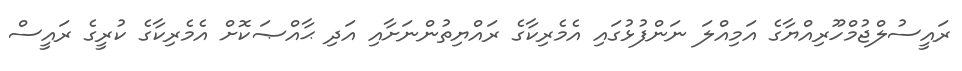
ރައީސުލްޖުމްހޫރިއްޔާގެ އަމިއްލަ ނަންފުޅުގައި އެމެރިކާގެ ރައްޔިތުންނަށާއި އަދި ޙާއްޞަކޮށް އެމެރިކާގެ ކުރީގެ ރައީސް